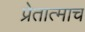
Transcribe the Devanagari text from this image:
प्रेतात्माच